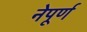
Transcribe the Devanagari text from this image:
नेपूर्ण